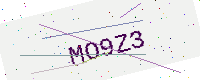
Text: MO9Z3